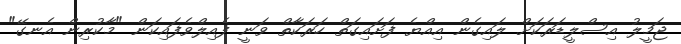
ޖަމީލު އިސްލީޑަރަކަށް ލައިގެން އިއްޔެ ފަށައިގަތް ހަރަކާތް ވަނީ ފެއިލްވެފައިކަން "މާކުރިން އެނގޭ"